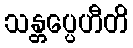
သန္တပ္ပေဟီတိ